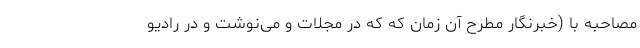
مصاحبه با (خبرنگار مطرح آن زمان که که در مجلات و می‌نوشت و در رادیو